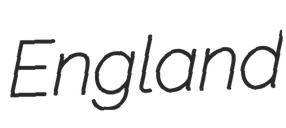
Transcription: England